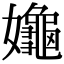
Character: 䶯